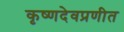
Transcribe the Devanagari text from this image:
कृष्णदेवप्रणीत